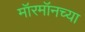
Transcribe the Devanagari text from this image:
मॉरमॉनच्या